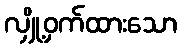
လျှို့ဝှက်ထားသော